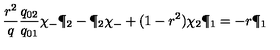
{ \frac { r ^ { 2 } } { q } } { \frac { q _ { 0 2 } } { q _ { 0 1 } } } \chi _ { - } \P _ { 2 } - \P _ { 2 } \chi _ { - } + ( 1 - r ^ { 2 } ) \chi _ { 2 } \P _ { 1 } = - r \P _ { 1 }